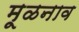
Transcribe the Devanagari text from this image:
मूळनाव